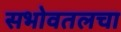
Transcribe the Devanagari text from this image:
सभोवतलचा